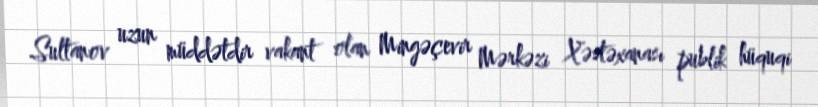
Sultanov uzun müddətdir vakant olan Mingəçevir Mərkəzi Xəstəxanası publik hüquqi